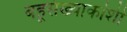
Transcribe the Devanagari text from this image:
बहूसंख्याकांशी